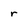
Character: r